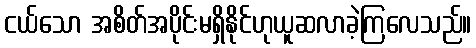
ငယ်သော အစိတ်အပိုင်းမရှိနိုင်ဟုယူဆလာခဲ့ကြလေသည်။